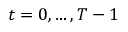
t = 0 , \dots , T - 1